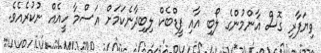
ވިޔަފާރި ގޮސް އާންމުންގެ ލޯބި އާއި ފީޑްބެކް ލިބިދާނެކަމަށް އަސްމާ ހީއެއް ނުކުރެއެވެ.